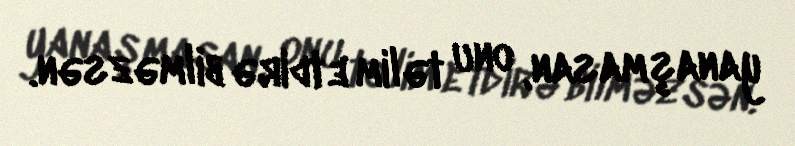
yanaşmasan, onu təlim etdirə bilməzsən.